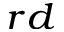
^ { r d }